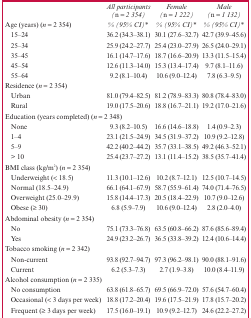
<table><thead><tr><td></td><td><b>All participants (n = 2 354)</b></td><td><b>Female (n = 1 222)</b></td><td><b>Male (n = 1 132)</b></td></tr></thead><tbody><tr><td>Age (years) (n = 2 354)</td><td>% (95% CI)*</td><td>% (95% CI)*</td><td>% (95% CI)*</td></tr><tr><td>15–24</td><td>36.2 (34.3–38.1)</td><td>30.1 (27.6–32.7)</td><td>42.7 (39.9–45.6)</td></tr><tr><td>25–34</td><td>25.9 (24.2–27.7)</td><td>25.4 (23.0–27.9)</td><td>26.5 (24.0–29.1)</td></tr><tr><td>35–45</td><td>16.1 (14.7–17.6)</td><td>18.7 (16.6–20.9)</td><td>13.3 (11.5–15.4)</td></tr><tr><td>45–54</td><td>12.6 (11.3–14.0)</td><td>15.3 (13.4–17.4)</td><td>9.7 (8.1–11.6)</td></tr><tr><td>55–64</td><td>9.2 (8.1–10.4)</td><td>10.6 (9.0–12.4)</td><td>7.8 (6.3–9.5)</td></tr><tr><td colspan="4">Residence (n = 2 354)</td></tr><tr><td>Urban</td><td>81.0 (79.4–82.5)</td><td>81.2 (78.9–83.3)</td><td>80.8 (78.4–83.0)</td></tr><tr><td>Rural</td><td>19.0 (17.5–20.6)</td><td>18.8 (16.7–21.1)</td><td>19.2 (17.0–21.6)</td></tr><tr><td colspan="4">Education (years completed) (n = 2 348)</td></tr><tr><td>None</td><td>9.3 (8.2–10.5)</td><td>16.6 (14.6–18.8)</td><td>1.4 (0.9–2.3)</td></tr><tr><td>1–4</td><td>23.1 (21.5–24.9)</td><td>34.5 (31.9–37.2)</td><td>10.9 (9.2–12.8)</td></tr><tr><td>5–9</td><td>42.2 (40.2–44.2)</td><td>35.7 (33.1–38.5)</td><td>49.2 (46.3–52.1)</td></tr><tr><td>&gt; 10</td><td>25.4 (23.7–27.2)</td><td>13.1 (11.4–15.2)</td><td>38.5 (35.7–41.4)</td></tr><tr><td colspan="4">BMI class (kg/m<sup>2</sup>) (n = 2 354)</td></tr><tr><td>Underweight (&lt; 18.5)</td><td>11.3 (10.1–12.6)</td><td>10.2 (8.7–12.1)</td><td>12.5 (10.7–14.5)</td></tr><tr><td>Normal (18.5–24.9)</td><td>66.1 (64.1–67.9)</td><td>58.7 (55.9–61.4)</td><td>74.0 (71.4–76.5)</td></tr><tr><td>Overweight (25.0–29.9)</td><td>15.8 (14.4–17.3)</td><td>20.5 (18.4–22.9)</td><td>10.7 (9.0–12.6)</td></tr><tr><td>Obese (≥ 30)</td><td>6.8 (5.9–7.9)</td><td>10.6 (9.0–12.4)</td><td>2.8 (2.0–4.0)</td></tr><tr><td colspan="4">Abdominal obesity (n = 2 354)</td></tr><tr><td>No</td><td>75.1 (73.3–76.8)</td><td>63.5 (60.8–66.2)</td><td>87.6 (85.6–89.4)</td></tr><tr><td>Yes</td><td>24.9 (23.2–26.7)</td><td>36.5 (33.8–39.2)</td><td>12.4 (10.6–14.4)</td></tr><tr><td colspan="4">Tobacco smoking (n = 2 342)</td></tr><tr><td>Non-current</td><td>93.8 (92.7–94.7)</td><td>97.3 (96.2–98.1)</td><td>90.0 (88.1–91.6)</td></tr><tr><td>Current</td><td>6.2 (5.3–7.3)</td><td>2.7 (1.9–3.8)</td><td>10.0 (8.4–11.9)</td></tr><tr><td colspan="4">Alcohol consumption (n = 2 335)</td></tr><tr><td>No consumption</td><td>63.8 (61.8–65.7)</td><td>69.5 (66.9–72.0)</td><td>57.6 (54.7–60.4)</td></tr><tr><td>Occasional (&lt; 3 days per week)</td><td>18.8 (17.2–20.4)</td><td>19.6 (17.5–21.9)</td><td>17.8 (15.7–20.2)</td></tr><tr><td>Frequent (≥ 3 days per week)</td><td>17.5 (16.0–19.1)</td><td>10.9 (9.2–12.7)</td><td>24.6 (22.2–27.2)</td></tr></tbody></table>